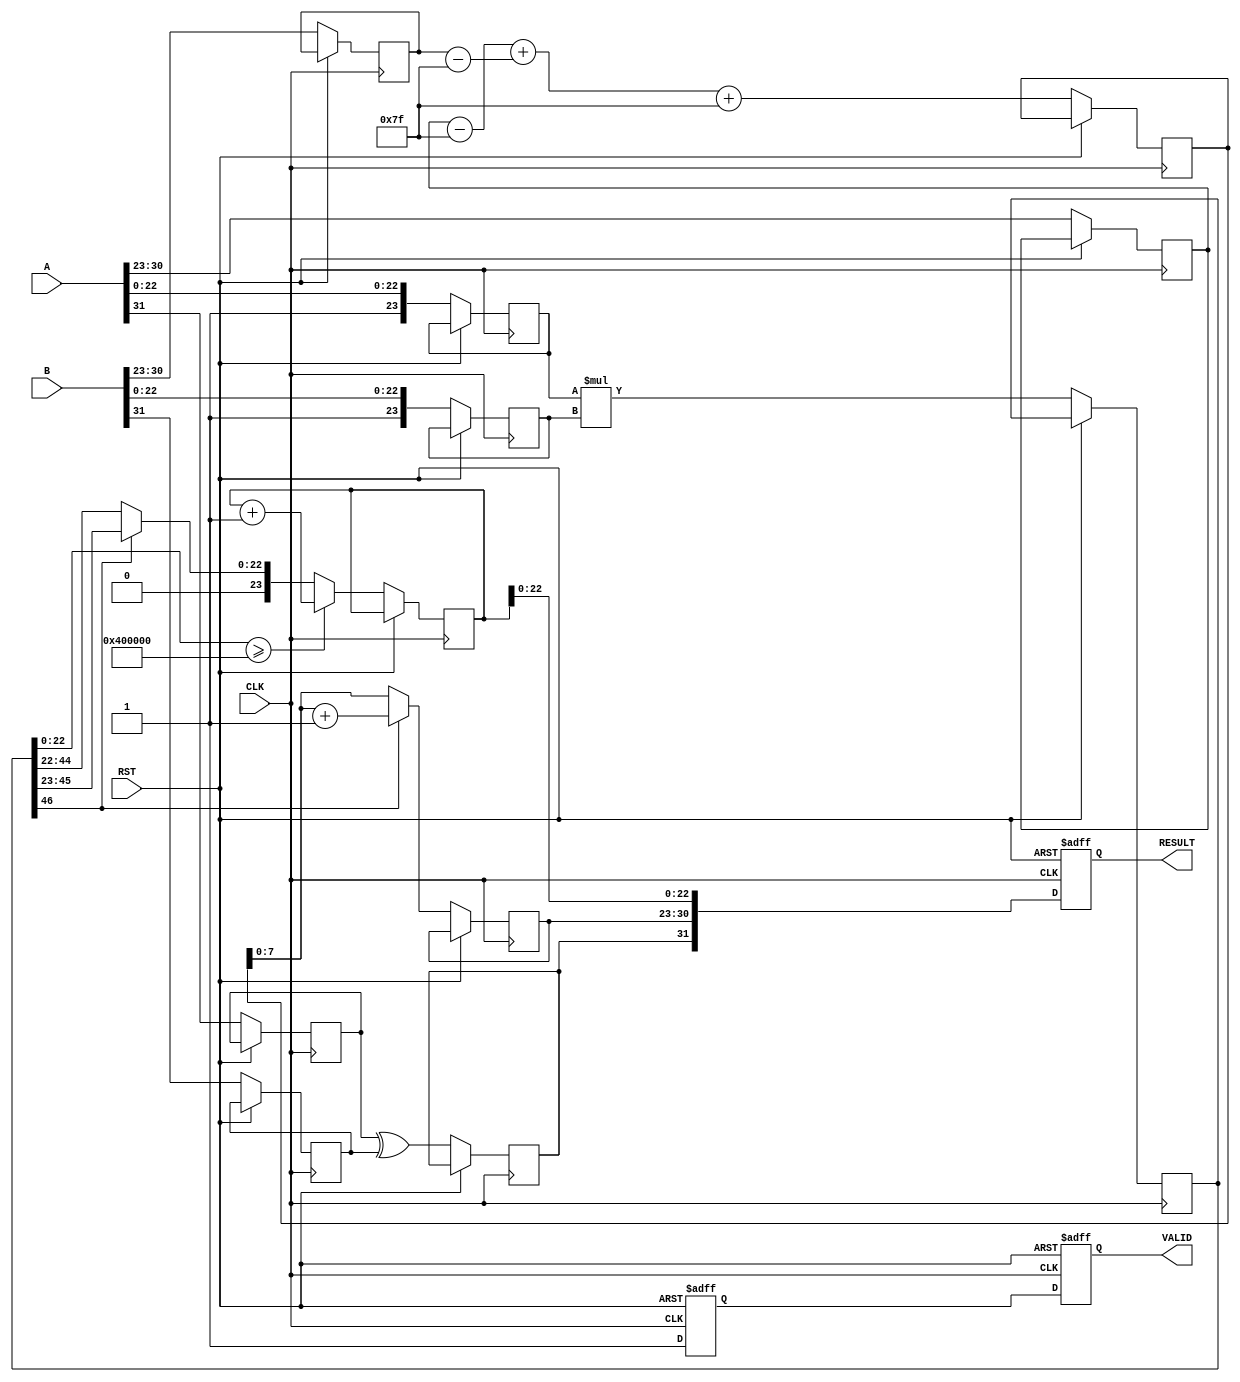
module floating_point_multiplier #(
    parameter WIDTH = 32 // Set to 64 for double precision
)(
    input  wire [WIDTH-1:0] A,      // First floating-point operand
    input  wire [WIDTH-1:0] B,      // Second floating-point operand
    input  wire CLK,                 // Clock signal
    input  wire RST,                 // Reset signal
    output reg  [WIDTH-1:0] RESULT,  // Result of multiplication
    output reg  VALID                 // Result valid signal
);

    // Constants for IEEE 754
    localparam EXPONENT_BITS = (WIDTH == 32) ? 8 : 11;
    localparam MANTISSA_BITS  = (WIDTH == 32) ? 23 : 52;
    localparam EXPONENT_BIAS   = (WIDTH == 32) ? 127 : 1023;

    // Internal signals
    reg [WIDTH-1:0] A_reg, B_reg;
    reg [EXPONENT_BITS-1:0] expA, expB;
    reg [MANTISSA_BITS:0] mantA, mantB; // Including implicit leading bit
    reg [2*MANTISSA_BITS:0] mant_product; // Product of mantissas
    reg [EXPONENT_BITS-1:0] exp_result;
    reg [MANTISSA_BITS:0] mant_result;
    reg signA, signB, sign_result;
    reg [EXPONENT_BITS:0] exp_sum; // Extra bit for overflow handling
    reg valid_internal;

    always @(posedge CLK or posedge RST) begin
        if (RST) begin
            RESULT <= 0;
            VALID <= 0;
            valid_internal <= 0;
        end else begin
            // Step 1: Extract sign, exponent, and mantissa
            signA <= A[WIDTH-1];
            signB <= B[WIDTH-1];
            expA <= A[WIDTH-2:WIDTH-1-EXPONENT_BITS];
            expB <= B[WIDTH-2:WIDTH-1-EXPONENT_BITS];
            mantA <= {1'b1, A[MANTISSA_BITS-1:0]}; // Normalize with implicit 1
            mantB <= {1'b1, B[MANTISSA_BITS-1:0]}; // Normalize with implicit 1

            // Step 2: Multiply mantissas
            mant_product <= mantA * mantB;

            // Step 3: Add exponents
            exp_sum <= (expA - EXPONENT_BIAS) + (expB - EXPONENT_BIAS) + EXPONENT_BIAS;

            // Step 4: Normalize the product
            if (mant_product[2*MANTISSA_BITS] == 1) begin
                mant_result <= mant_product[2*MANTISSA_BITS-1:MANTISSA_BITS];
                exp_result <= exp_sum + 1;
            end else begin
                mant_result <= mant_product[2*MANTISSA_BITS-2:MANTISSA_BITS-1];
                exp_result <= exp_sum;
            end

            // Step 5: Rounding (simple round-to-nearest)
            // Note: Rounding logic can be more complex based on requirements
            if (mant_product[MANTISSA_BITS-1:0] >= (1 << (MANTISSA_BITS-1))) begin
                mant_result <= mant_result + 1;
            end

            // Step 6: Assemble the result
            sign_result <= signA ^ signB; // XOR for sign
            RESULT <= {sign_result, exp_result[EXPONENT_BITS-1:0], mant_result[MANTISSA_BITS-1:0]};

            // Step 7: Set valid signal
            valid_internal <= 1;
            VALID <= valid_internal;
        end
    end
endmodule